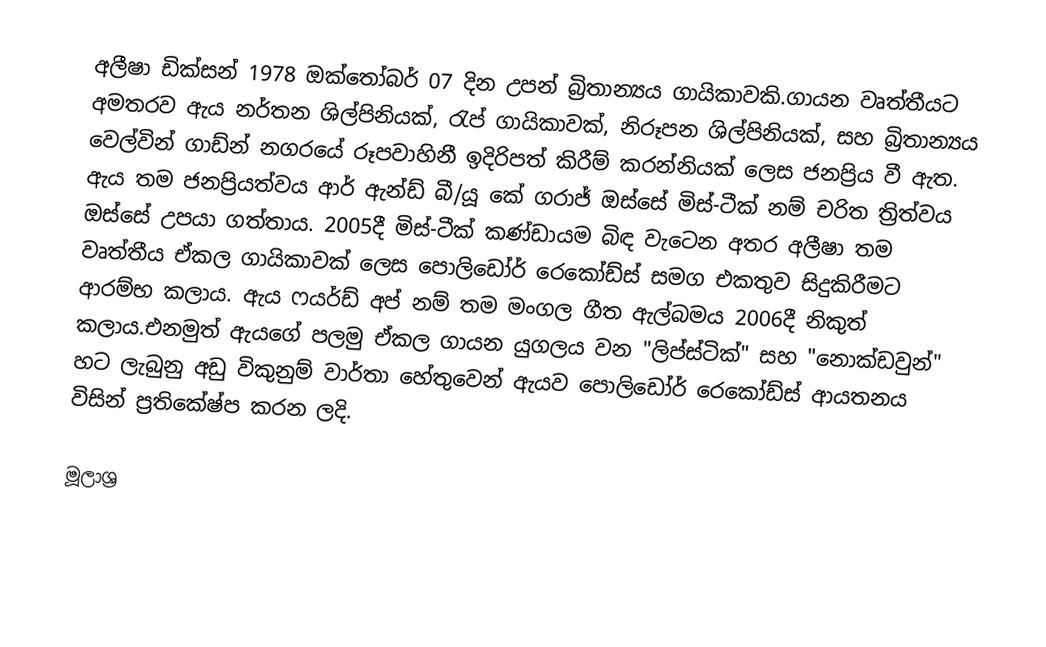
අලීෂා ඩික්සන් 1978 ඔක්තෝබර් 07 දින උපන් බ්‍රිතාන්‍යය ගායිකාවකි.ගායන වෘත්තීයට අමතරව ඇය නර්තන ශිල්පිනියක්, රැප් ගායිකාවක්, නිරූපන ශිල්පිනියක්, සහ  බ්‍රිතාන්‍යය වෙල්වින් ගාඩ්න් නගරයේ රූපවාහිනී ඉදිරිපත් කිරීම් කරන්නියක් ලෙස ජනප්‍රිය වී ඇත. ඇය තම ජනප්‍රියත්වය ආර් ඇන්ඩ් බී/යූ කේ ගරාජ් ඔස්සේ මිස්-ටීක් නම් චරිත ත්‍රිත්වය ඔස්සේ උපයා ගත්තාය. 2005දී මිස්-ටීක් කණ්ඩායම බිඳ වැටෙන අතර  අලීෂා තම වෘත්තීය ඒකල ගායිකාවක් ලෙස පොලිඩෝර් රෙකෝඩ්ස් සමග එකතුව සිදුකිරීමට ආරම්භ කලාය. ඇය ෆයර්ඩ් අප් නම් තම මංගල ගීත ඇල්බමය 2006දී නිකුත් කලාය.එනමුත් ඇයගේ පලමු ඒකල ගායන යුගලය වන "ලිප්ස්ටික්" සහ "නොක්ඩවුන්" හට ලැබුනු අඩු විකුනුම් වාර්තා හේතුවෙන් ඇයව පොලිඩෝර් රෙකෝඩ්ස් ආයතනය විසින් ප්‍රතිකේෂ්ප කරන ලදි.

මූලාශ්‍ර